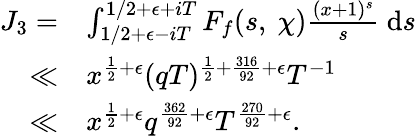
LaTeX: \begin{array}{rl}{J_{3}=}&{\int_{1/2+\epsilon-iT}^{1/2+\epsilon+iT}F_{f}(s,\ \chi)\frac{(x+1)^{s}}{s}\ \mathrm{d}s}\\ {\ll}&{x^{\frac{1}{2}+\epsilon}(qT)^{\frac{1}{2}+\frac{316}{92}+\epsilon}T^{-1}}\\ {\ll}&{x^{\frac{1}{2}+\epsilon}q^{\frac{362}{92}+\epsilon}T^{\frac{270}{92}+\epsilon}.}\end{array}